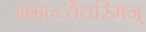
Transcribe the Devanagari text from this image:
भ्रमन्त्येतस्मिन्